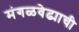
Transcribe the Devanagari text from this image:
मंगळवेढ्याची